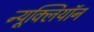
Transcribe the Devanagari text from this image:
न्यूक्लियॉन